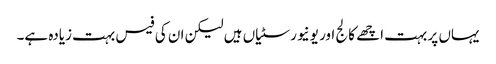
یہاں پر بہت اچھے کالج اور یونیورسٹیاں ہیں لیکن ان کی فیس بہت زیادہ ہے۔